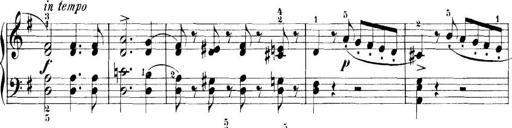
Title: 11 Sonatinas
Composer: Anton Diabelli